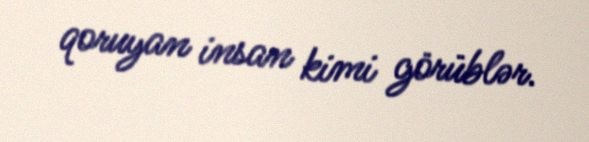
qoruyan insan kimi görüblər.